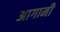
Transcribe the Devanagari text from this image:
अागामी